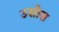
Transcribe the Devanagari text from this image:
उसोस